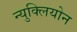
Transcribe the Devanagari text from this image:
न्युक्लियोन